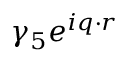
\gamma _ { 5 } e ^ { i \boldsymbol { q } \cdot \boldsymbol { r } }